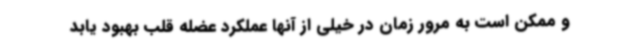
و ممکن است به مرور زمان در خیلی از آنها عملکرد عضله قلب بهبود یابد